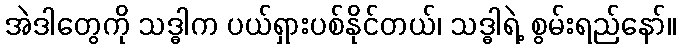
အဲဒါတွေကို သဒ္ဓါက ပယ်ရှားပစ်နိုင်တယ်၊ သဒ္ဓါရဲ့ စွမ်းရည်နော်။